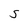
Character: S